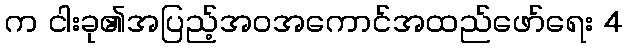
က ငါးခု၏အပြည့်အဝအကောင်အထည်ဖော်ရေး 4